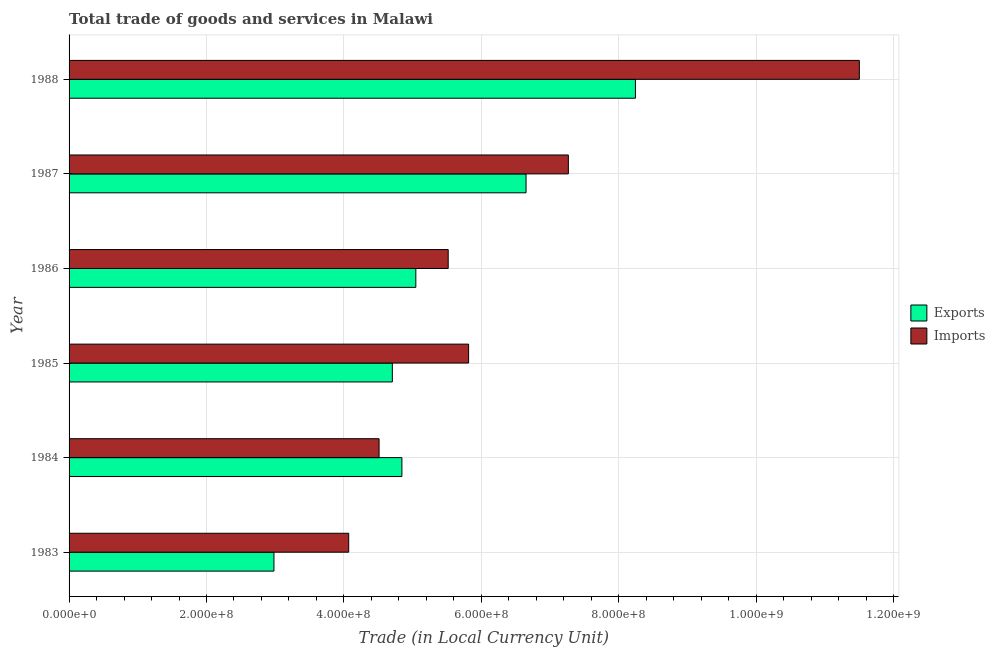
| Year | Exports | Imports |
 | --- | --- | --- |
 | 1983 | 2.98e+08 | 4.07e+08 |
 | 1984 | 4.84e+08 | 4.51e+08 |
 | 1985 | 4.70e+08 | 5.82e+08 |
 | 1986 | 5.05e+08 | 5.52e+08 |
 | 1987 | 6.65e+08 | 7.27e+08 |
 | 1988 | 8.24e+08 | 1.15e+09 |